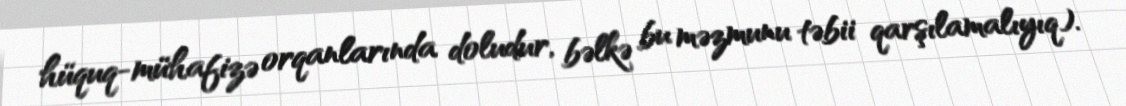
hüquq-mühafizə orqanlarında doludur, bəlkə bu məzmunu təbii qarşılamalıyıq).